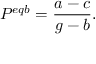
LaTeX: P ^ { e q b } = { \frac { a - c } { g - b } } .